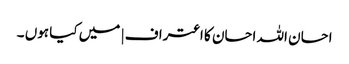
احسان اللہ احسان کا اعتراف | میں کیا ہوں ۔